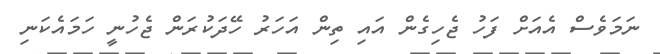
ނަމަވެސް އެއަށް ފަހު ޖެހިގެން އައި ތިން އަހަރު ހޭދަކުރަން ޖެހުނީ ހަމައެކަނި